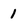
Character: 1